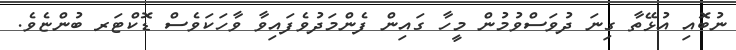
ނުބޮއި އުޅޭތާ ގިނަ ދުވަސްވުމުން މީހާ ގައިން ފެންމަދުވެފައިވާ ވާހަކަވެސް ޑޮކްޓަރ ބުންޏެވެ.